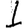
Digit: 1